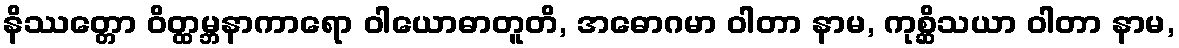
နိဿတ္တော ဝိတ္ထမ္ဘနာကာရော ဝါယောဓာတူတိ, အဓောဂမာ ဝါတာ နာမ, ကုစ္ဆိသယာ ဝါတာ နာမ,